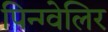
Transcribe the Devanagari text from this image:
पिन्ग्वेलिर